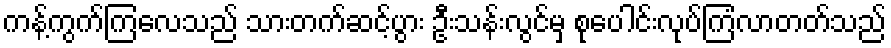
ကန့်ကွက်ကြလေသည် သားတက်ဆင့်ပွား ဦးသန်းလွင်မှ စုပေါင်းလုပ်ကြံလာတတ်သည်